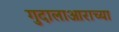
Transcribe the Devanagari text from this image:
गुदालाआराच्या